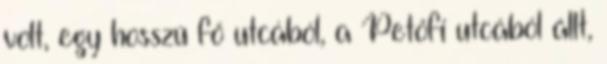
volt, egy hosszú fő utcából, a Petőfi utcából állt,